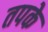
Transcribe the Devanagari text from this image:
तपके